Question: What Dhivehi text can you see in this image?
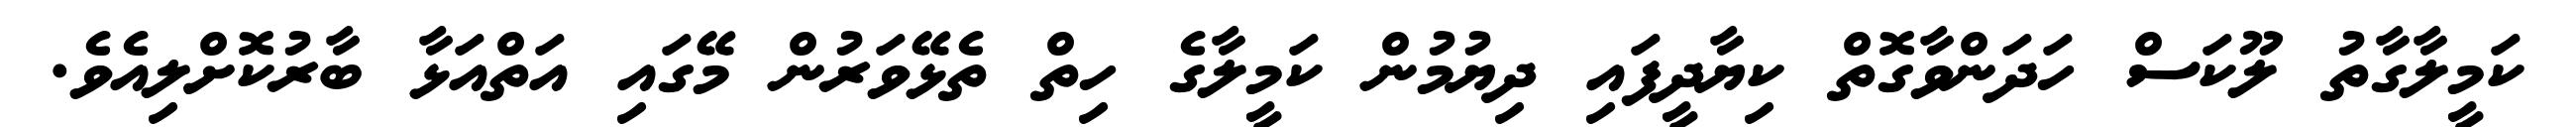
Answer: ކަމީލާގާތު ލޫކަސް ހަދަންވާގޮތް ކިޔާދީފައި ދިޔުމުން ކަމީލާގެ ހިތް ތެޅޭވަރުން މޭގައި އަތްއަޅާ ބާރުކޮށްލިއެވެ.